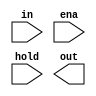
// SPDX-FileCopyrightText: 2020 Efabless Corporation
//
// Licensed under the Apache License, Version 2.0 (the "License");
// you may not use this file except in compliance with the License.
// You may obtain a copy of the License at
//
//      http://www.apache.org/licenses/LICENSE-2.0
//
// Unless required by applicable law or agreed to in writing, software
// distributed under the License is distributed on an "AS IS" BASIS,
// WITHOUT WARRANTIES OR CONDITIONS OF ANY KIND, either express or implied.
// See the License for the specific language governing permissions and
// limitations under the License.
// SPDX-License-Identifier: Apache-2.0

/*--------------------------------------------------------------*/
/* Verilog behavioral model of analog macro sample_and_hold	*/
/*								*/
/* The sample and hold circuit buffers an analog input "in",	*/
/* maintains the value on an internal capacitor, holding the	*/
/* value while input "hold" is high, and buffers the output to	*/
/* pin "out".							*/
/*								*/
/* The analog signals are on a 3.3V domain (vdd, vss).		*/
/* The digital "hold" signal is on a 1.8V domain (dvdd, dvss).	*/
/* The digital "ena" (enable) signal can be 1.8V or 3.3V.	*/
/*								*/
/* "ena" is active high (1 = enabled)				*/
/* "hold" is active high (1 = hold value)			*/ 
/*--------------------------------------------------------------*/

`default_nettype none
`timescale 1 ns / 1 ps

`ifdef SYN
`define REAL real
`else
`define REAL
`endif

module sample_and_hold #(parameter FUNCTIONAL = 1)(
`ifdef USE_POWER_PINS
   input       vdd,
   input       vss,
   input       dvdd,
   input       dvss,
`endif
   `ifndef COCOTB_SIM
   input  `REAL in,
   `else 
   input  real in,
   `endif // COCOTB_SIM
   input       ena,
   input       hold,
   `ifndef COCOTB_SIM
   output `REAL out
   `else 
   output real out
   `endif // COCOTB_SIM
);   


// generate
   `ifdef FUNCTIONAL
   `ifndef COCOTB_SIM
      reg    `REAL holdvalue;
   `else 
      real holdvalue;
   `endif // COCOTB_SIM

      assign out = holdvalue;

      initial begin
         holdvalue <= 0;
      end

      always @* begin
         if (ena == 1'b1) begin
            if(~hold) 
               holdvalue <= in;
         end else begin
            holdvalue <= 0;
         end
      end
   `endif
// endgenerate

endmodule
`default_nettype wire